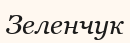
Зеленчук